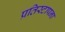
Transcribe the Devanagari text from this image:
प्रतिस्टापना